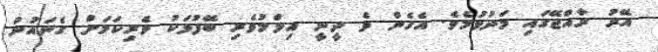
އޭރު ރާއްޖޭގައި މަދުވުމެވެ. އެހެން ވެ ދީނީ އިލްމުވެރި ބޭފުޅަކު ވެރިކަމަށް ގެނައުން